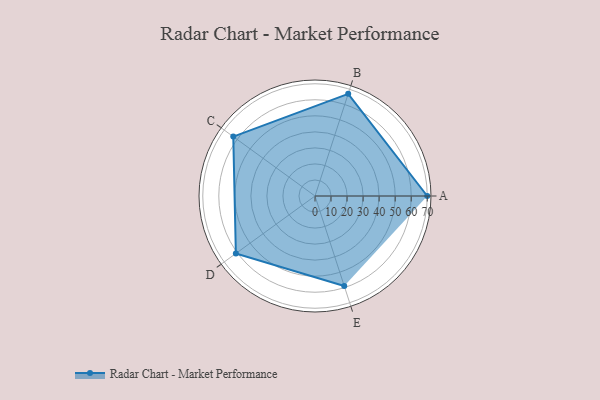
{"axis": {"x": "Skill", "y": "Score"}, "legend": ["Profile"], "data": [{"x": "A", "y": 70.0, "type": "Profile"}, {"x": "B", "y": 67.0, "type": "Profile"}, {"x": "C", "y": 63.0, "type": "Profile"}, {"x": "D", "y": 61.0, "type": "Profile"}, {"x": "E", "y": 59.0, "type": "Profile"}]}